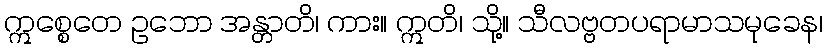
ဣစ္စေတေ ဥဘော အန္တာတိ၊ ကား။ ဣတိ၊ သို့။ သီလဗ္ဗတပရာမာသမုခေန၊